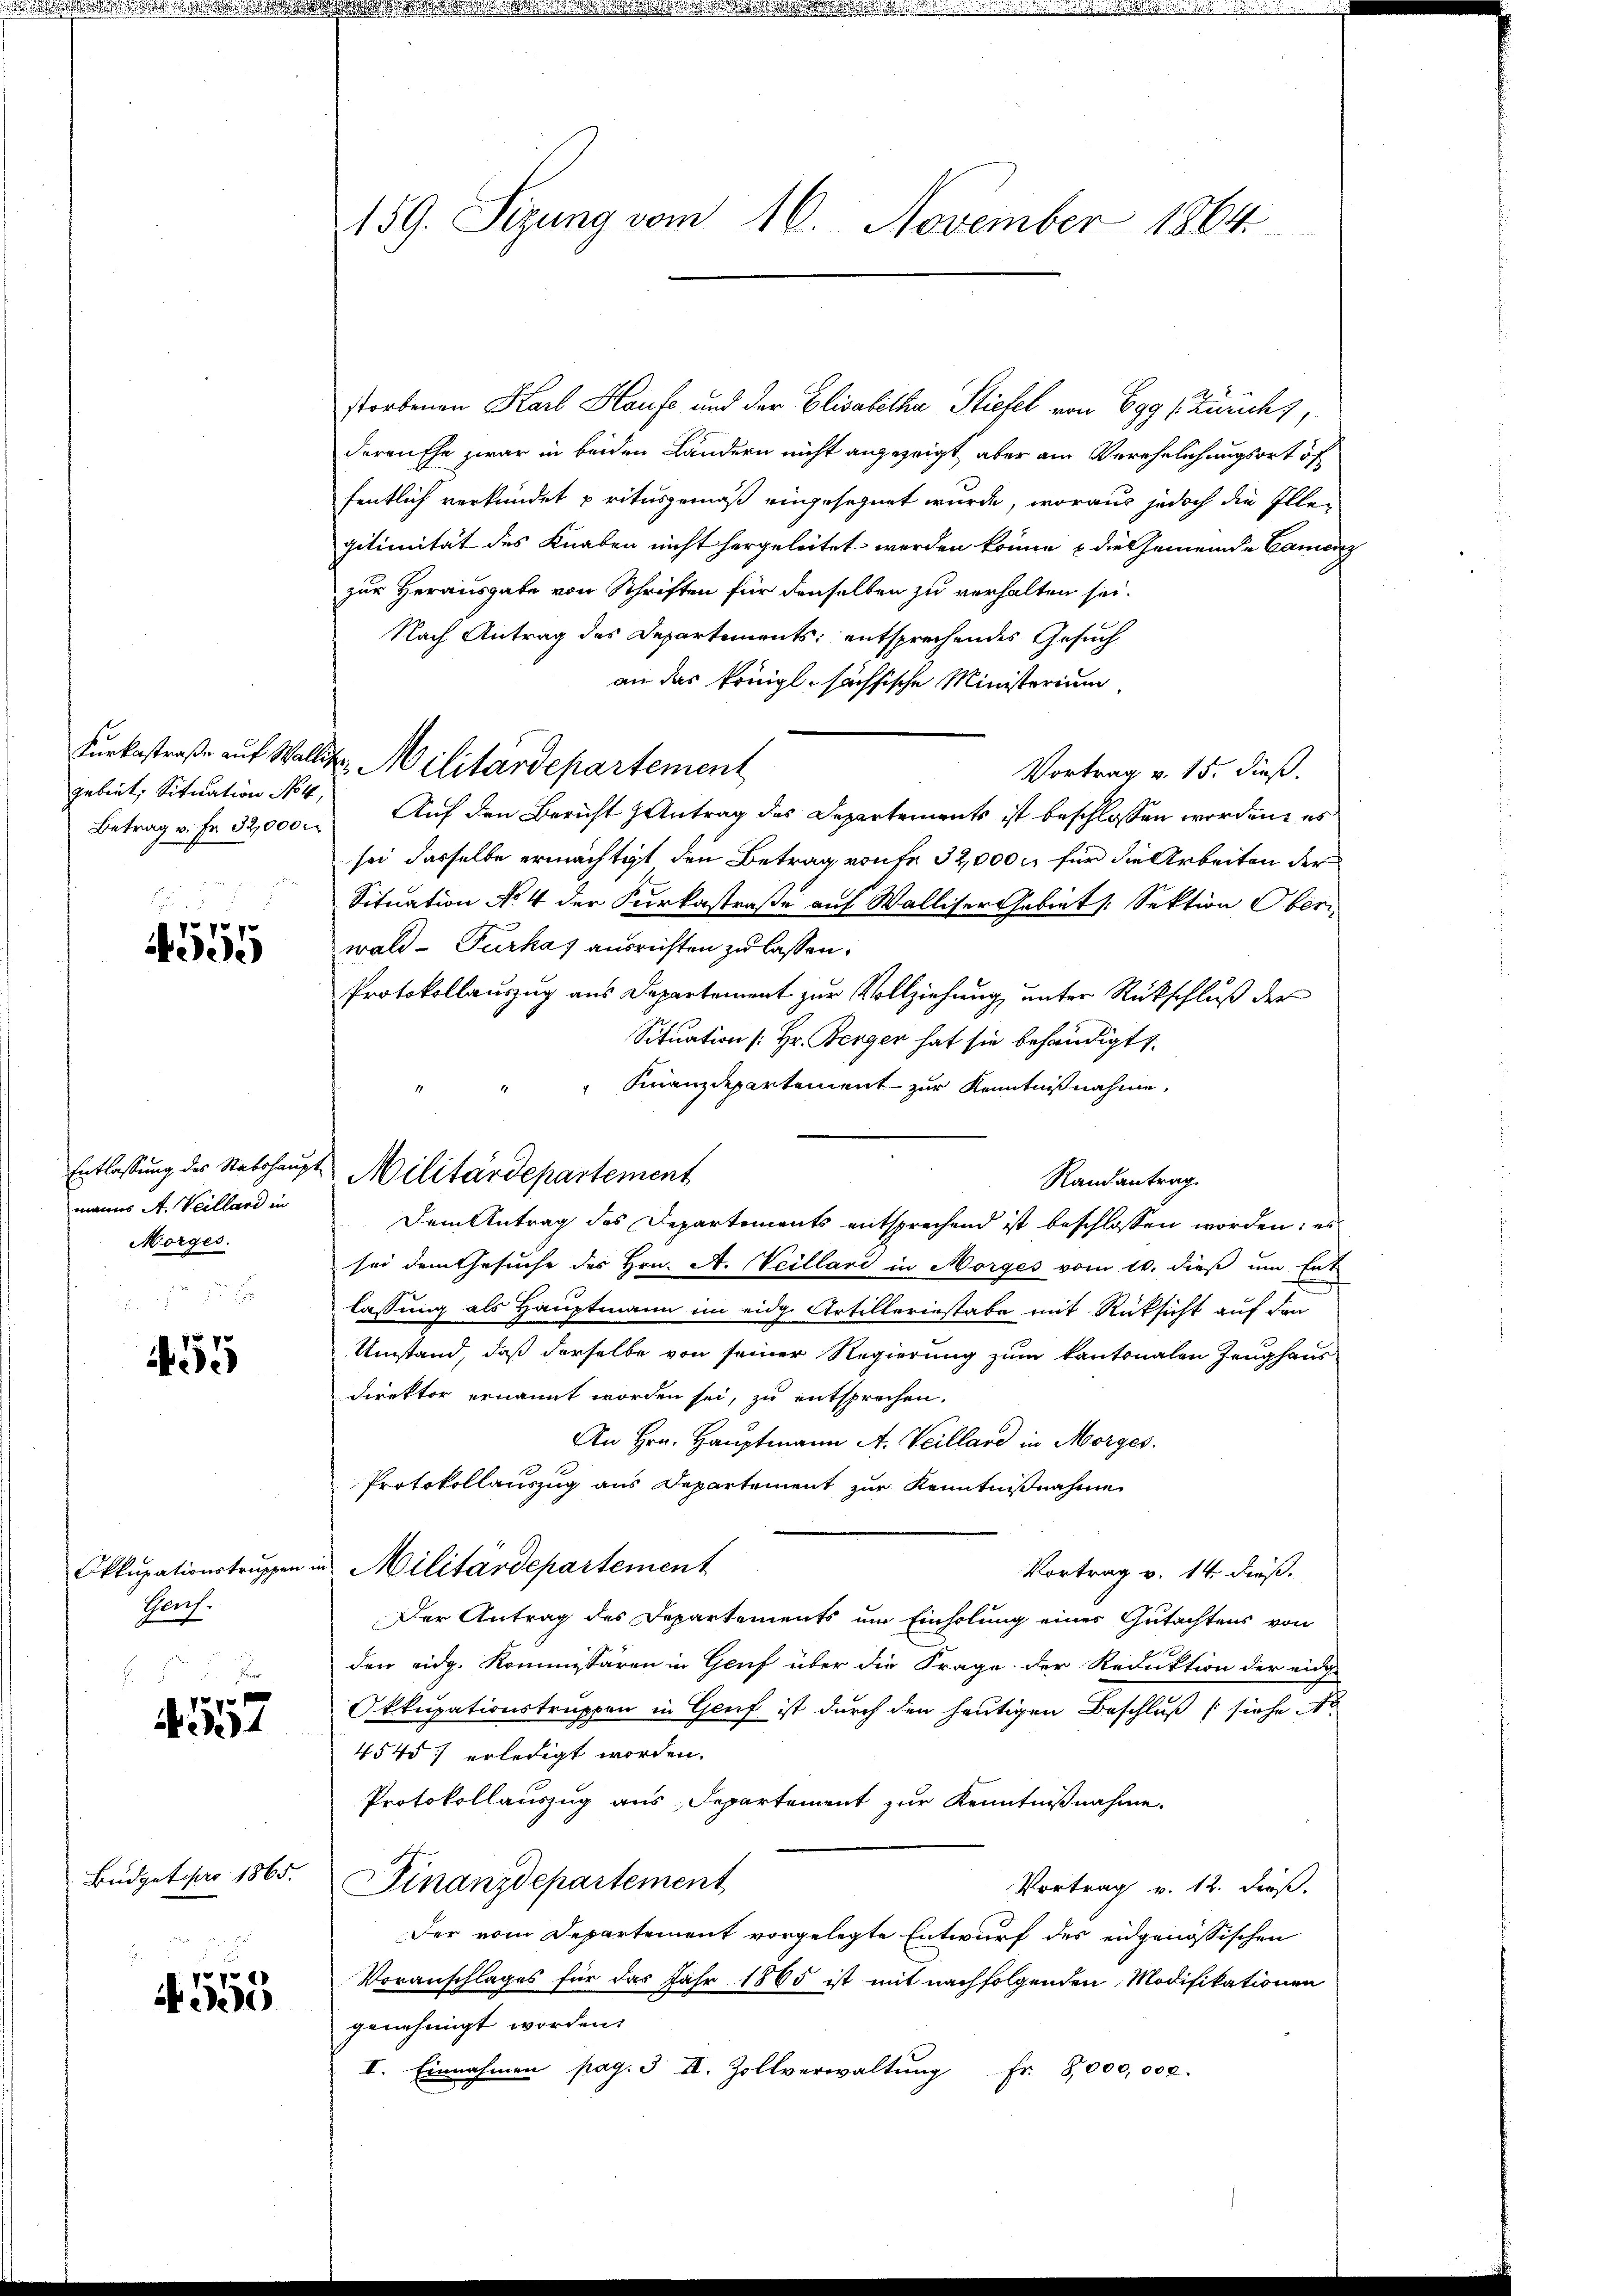
Betrag v. Fr. 32,000

ve 777.
ee

manns A. Veillard in
Morges.

455

Geh.
.
E

d. 157

Budget pro 1865.

i
pe
0

159. Sizung vom 16. November 1864

storbenen Karl Haufe und der Elisabetha Stiefel von 699 (Züricht,
deren Ehe zwar in beiden Ländern nicht angezeigt, aber am Verehelichungsort of
fentlich verkündet pritusgemäß eingesegnet wurde, woraus jedoch die Illegitimität des Knaben nicht hergeleitet werden könne, & die Gemeinde Camenz
zur Herausgabe von Schriften für denselben zu verhalten sei.
Nach Antrag des Departements entsprechendes Gesuch
an das königl. sächsische Ministerium,
Furkastraße auf Wallis Militärdepartement
Vortrag v. 15. dieß.
gebiet, Situation No 4. Auf den Bericht & Antrag des Departements ist beschlossen worden, es
sei dasselbe ermächtigt den Betrag von 32,000 M für die Arbeiten der
Situation No 4 der Furkastraße auf Walliser Gebiet Sektion Ober
wald- Furkas ausrichten zu lassen.
Protokollauszug aus Departement zur Vollziehung unter Rückschluß der
Situation [Hr. Berger hat sie behändigt s
" Finanzdepartement zur Kenntnißnahme,
Randantrag
Dem Antrag des Departements entsprechend ist beschlossen worden; es
sei dem Gesuche des Hrn. A. Veillari in Morges vom 10. dieß um Ent
lassung als Hauptmann im eidg. Artilleriestabe mit Rücksicht auf den
Umstand, daß derselbe von seiner Regierung zum kantonalen Zeughaus
Direktor ernannt worden sei, zu entsprochen.
An Hrn. Hauptmann A. Veillare in Morges.
Protokollauszug aus Departement zur Kenntnißnahme
Okkupationstrŭppen in Militärdepartement
Vortrag v. 14. dieß.
Der Antrag des Departements um Einholung eines Gutachtens von
E
den eidg. Kommissären in Gruf über die Frage der Reduktion der eidg.
Okkupationstruppen in Genf ist durch den heutigen Beschluß siehe No
4545 erledigt worden.
Protokollauszug aus Departement zur Kenntnißnahme.
Finanzdepartement
Vortrag v. 12. dieß.
Der vom Departement vorgelegte Entwurf des eidgenössischen
Voranschlages für das Jahr 1865 ist mit nachfolgenden Modifikationen
genehmigt worden.
I. Einnahmen pag. 3 II. Zollverwaltŭng fr. 8,000,000.

Entlassung des Statshaupt Militärdepartement